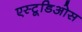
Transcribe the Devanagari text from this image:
एस्टूडिओस